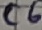
Text: C6